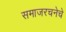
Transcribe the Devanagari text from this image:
समाजरचनेचे